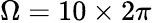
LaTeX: \Omega=10\times 2\pi